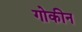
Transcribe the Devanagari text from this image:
गोकीन